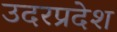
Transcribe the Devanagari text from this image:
उदरप्रदेश